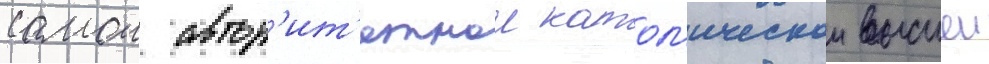
самои автор'ит'етнои катол'ическои высшеи